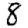
Digit: 8